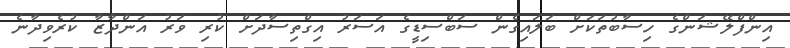
އިންފްލޭޝަންގެ ހިސާބުތަކަށް ބަލައިގެން ސަބްސިޑީގެ އަސަރު އިގްތިސާދަށް ކުރި ވަރު އަންދާޒާ ކުރެވިދާނެ